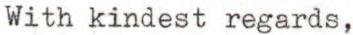
With kindest regards,